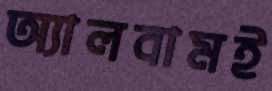
অ্যালবামই